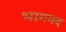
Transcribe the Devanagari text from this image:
भागवद